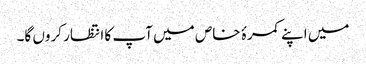
میں اپنے کمرۂ خاص میں آپ کا انتظار کروں گا۔